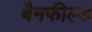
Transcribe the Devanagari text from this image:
बैमफील्ड